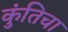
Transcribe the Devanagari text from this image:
कुंतिचा